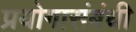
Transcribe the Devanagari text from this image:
प्रयोगासंबंधी